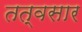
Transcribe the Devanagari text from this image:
तत्वसार